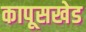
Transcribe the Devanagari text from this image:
कापूसखेड